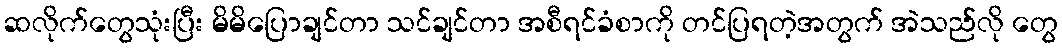
ဆလိုက်တွေသုံးပြီး မိမိပြောချင်တာ သင်ချင်တာ အစီရင်ခံစာကို တင်ပြရတဲ့အတွက် အဲသည်လို တွေ